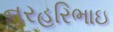
નરહરિભાઇ